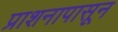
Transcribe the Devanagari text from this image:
प्राशनापासून